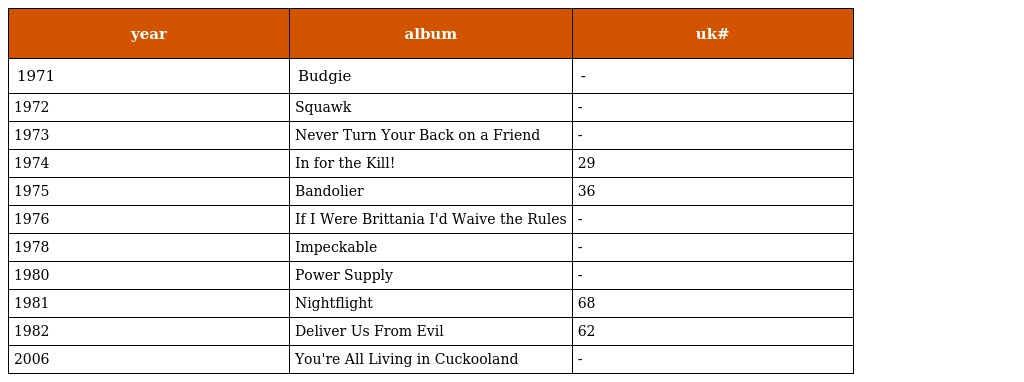
| year | album | uk# |
 | --- | --- | --- |
 | 1971 | Budgie | - |
 | 1972 | Squawk | - |
 | 1973 | Never Turn Your Back on a Friend | - |
 | 1974 | In for the Kill! | 29 |
 | 1975 | Bandolier | 36 |
 | 1976 | If I Were Brittania I'd Waive the Rules | - |
 | 1978 | Impeckable | - |
 | 1980 | Power Supply | - |
 | 1981 | Nightflight | 68 |
 | 1982 | Deliver Us From Evil | 62 |
 | 2006 | You're All Living in Cuckooland | - |